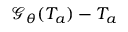
\mathcal { G _ { \theta } } ( T _ { a } ) - T _ { a }